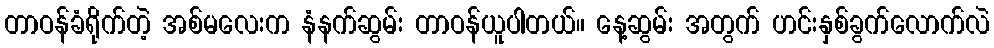
တာဝန်ခံရိုက်တဲ့ အစ်မလေးက နံနက်ဆွမ်း တာဝန်ယူပါတယ်။ နေ့ဆွမ်း အတွက် ဟင်းနှစ်ခွက်လောက်လဲ